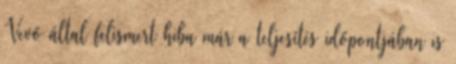
Vevő által felismert hiba már a teljesítés időpontjában is